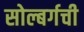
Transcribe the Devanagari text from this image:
सोल्बर्गची